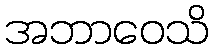
အဘာဝေသိ